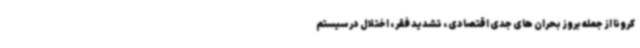
کرونا از جمله بروز بحران های جدی اقتصادی ، تشدید فقر ، اختلال در سیستم